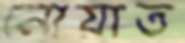
নোয়াত